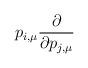
LaTeX: \begin{align*}p_{i,\mu} \frac{\partial}{\partial p_{j,\mu} }\end{align*}